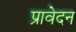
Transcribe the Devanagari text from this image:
प्रावेदन